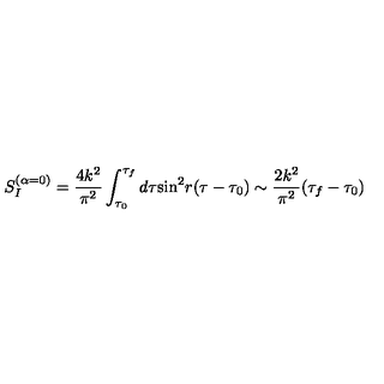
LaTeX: S _ { I } ^ { ( \alpha = 0 ) } = \frac { 4 k ^ { 2 } } { \pi ^ { 2 } } \int _ { \tau _ { 0 } } ^ { \tau _ { f } } d \tau { } { \sin } ^ { 2 } r ( \tau - \tau _ { 0 } ) \sim \frac { 2 k ^ { 2 } } { \pi ^ { 2 } } ( \tau _ { f } - \tau _ { 0 } )